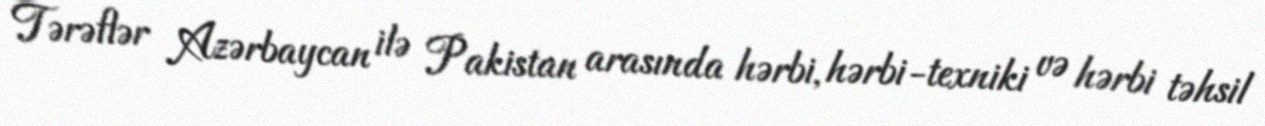
Tərəflər Azərbaycan ilə Pakistan arasında hərbi, hərbi-texniki və hərbi təhsil